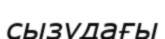
сызудағы